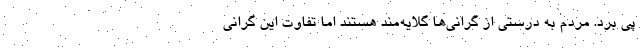
پی برد. مردم به درستی از گرانی‌ها گلایه‌مند هستند اما تفاوت این گرانی